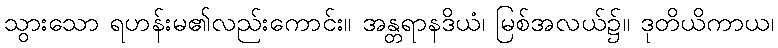
သွားသော ရဟန်းမ၏လည်းကောင်း။ အန္တရာနဒိယံ၊ မြစ်အလယ်၌။ ဒုတိယိကာယ၊